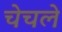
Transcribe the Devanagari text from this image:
चेचले